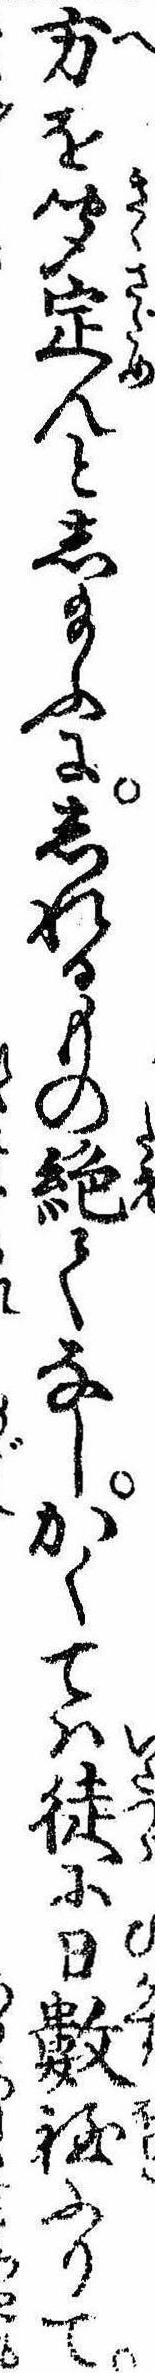
方を聞定んとし給ふにしれるもの絶てなしかくては徒に日数程ふりて